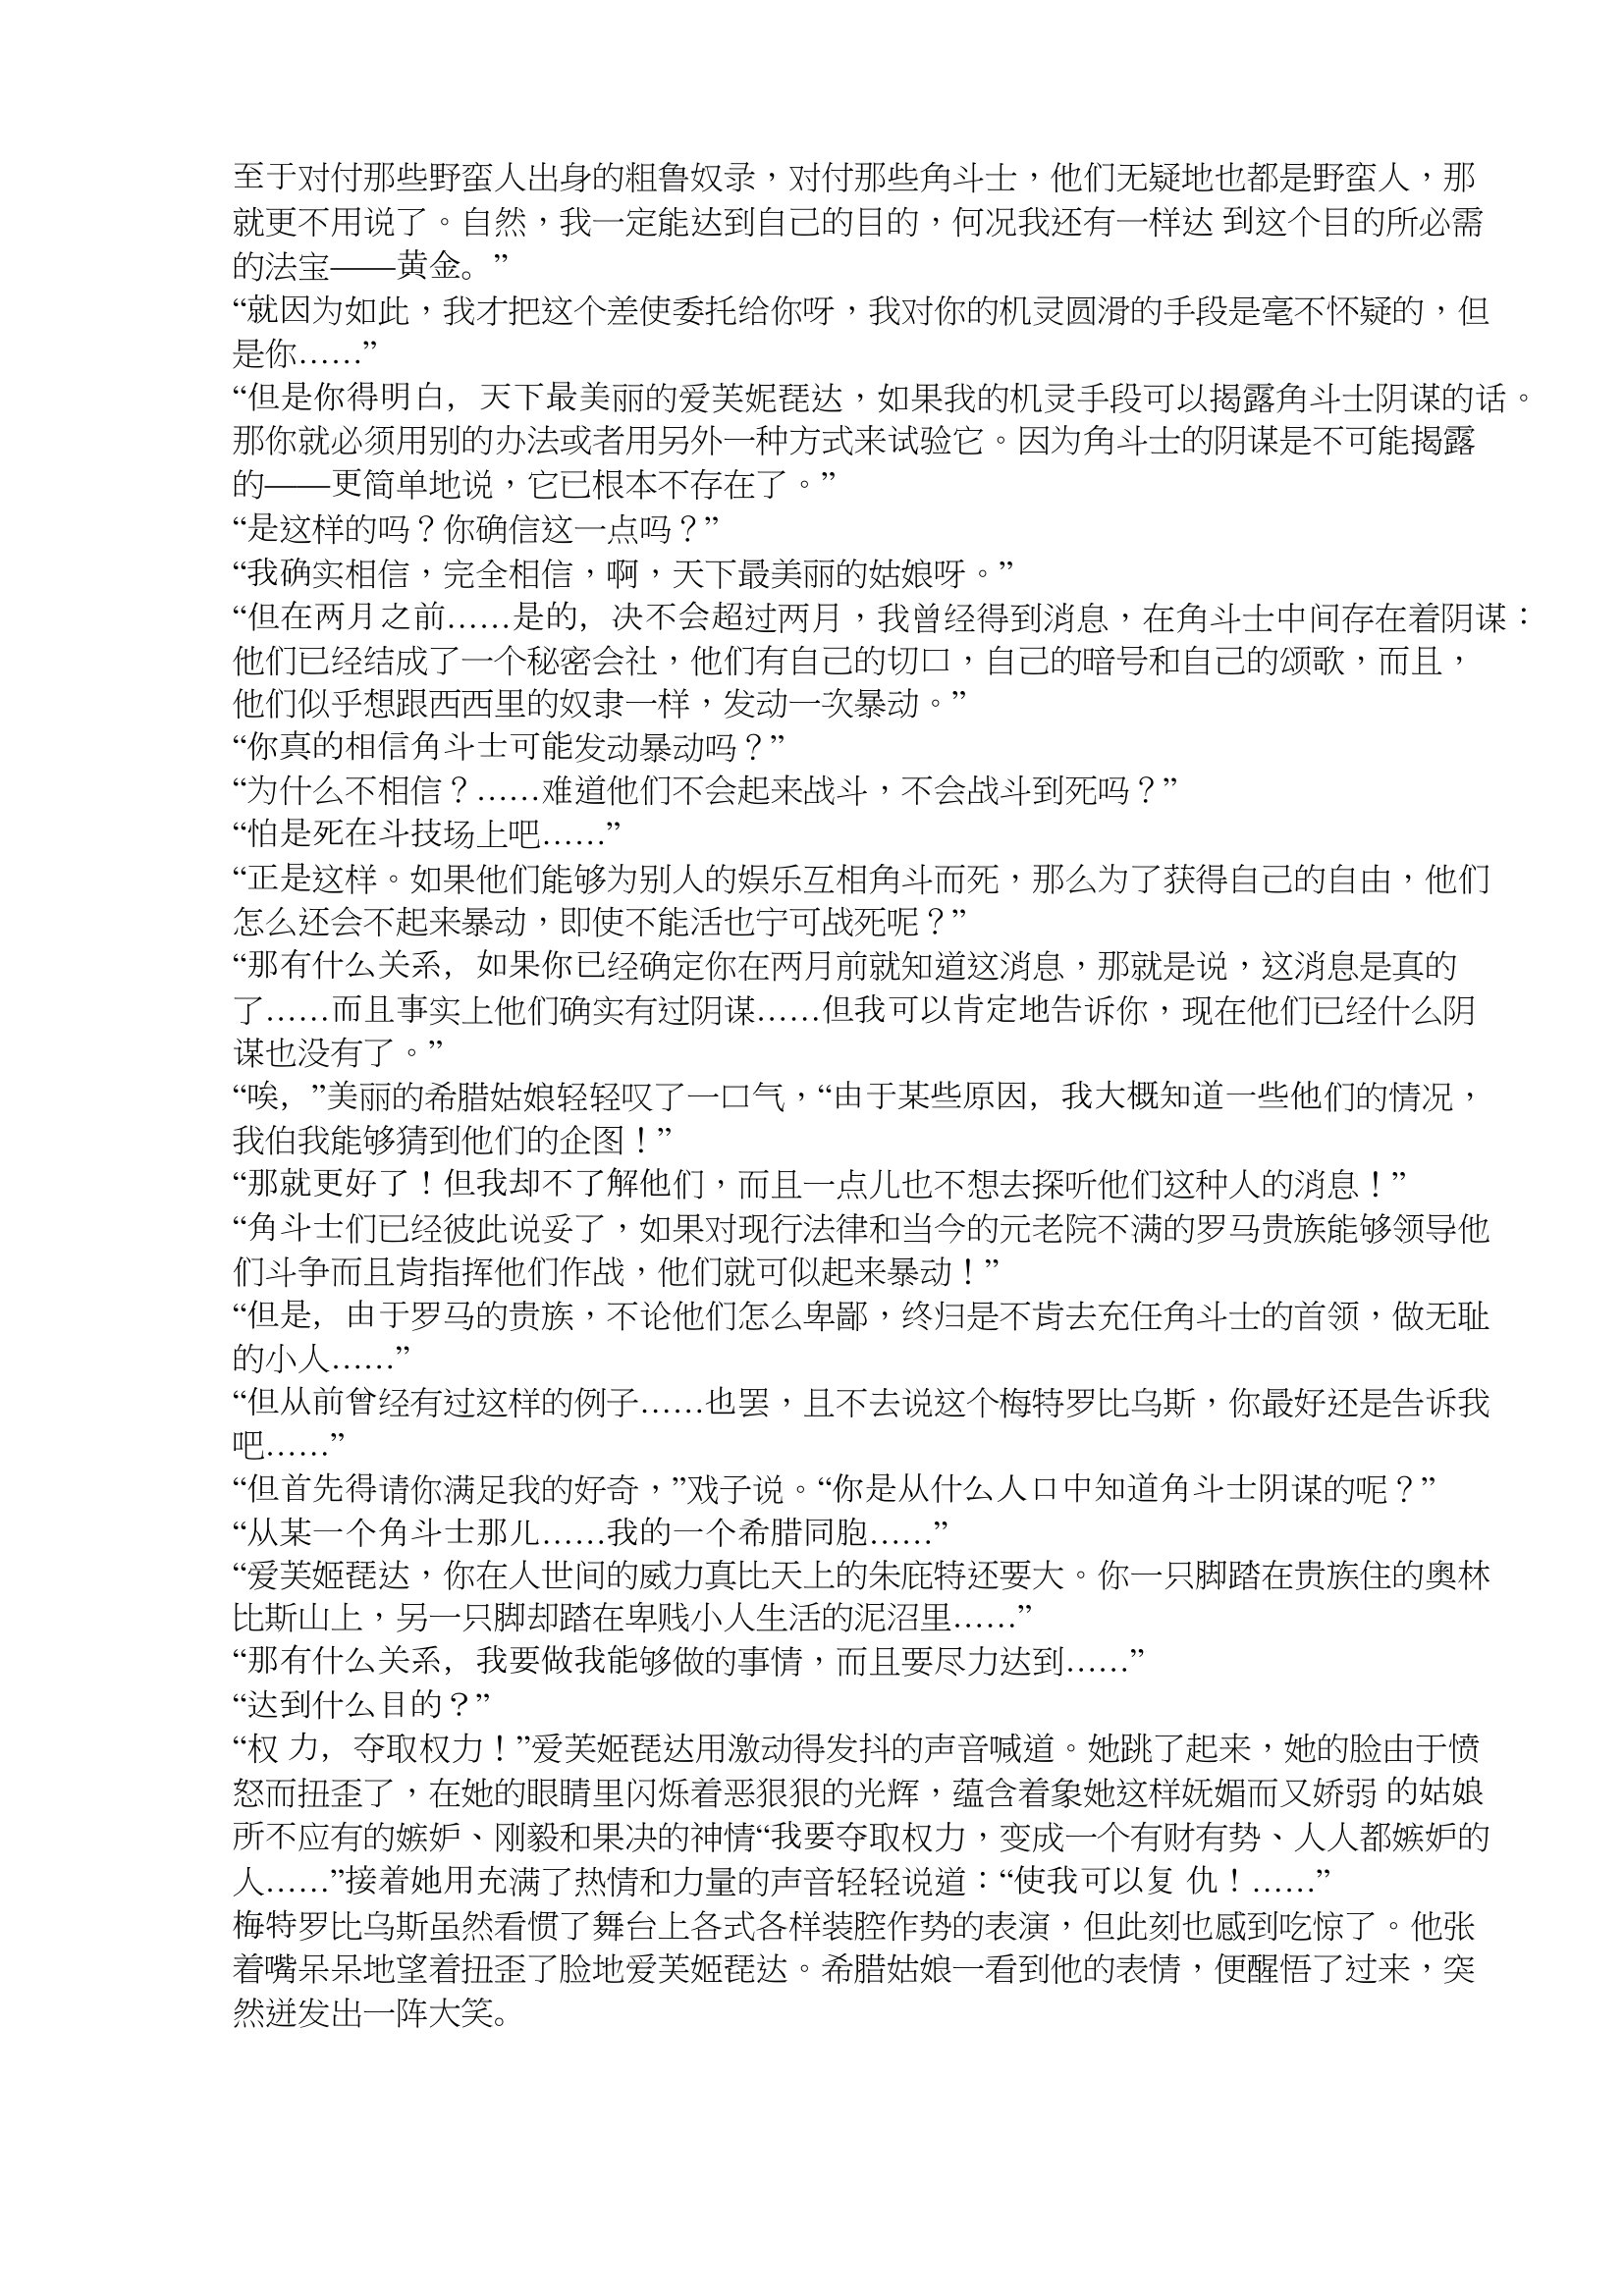
Language: zh